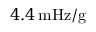
4 . 4 \, \mathrm { m H z } / \mathrm { g }